Report of the Indian Hemp Drugs Commission, 1894-1895 - Volume V
Year: 1894
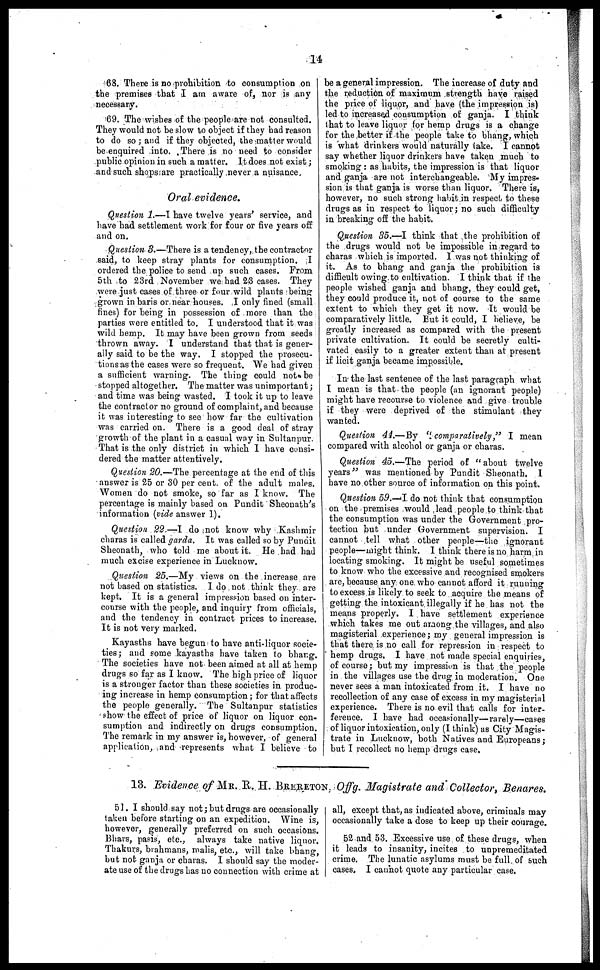
14
68. There is no prohibition to consumption on
the premises that I am aware of, nor is any
necessary.
69. The wishes of the people are not consulted.
They would not be slow to object if they had reason
to do so; and if they objected, the matter would
be enquired into. There is no need to consider
public opinion in such a matter. It does not exist;
and such shopsiare practically never a nuisance.
Oral evidence.
Question 1.—I have twelve years' service, and
have had settlement work for four or five years off
and on.
Question 3.—There is a tendency, the contractor
said, to keep stray plants for consumption. I
ordered the police to send up such cases. From
5th to 23rd November we had 23 cases. They
were just cases of three or four wild plants being
grown in baris or near houses. I only fined (small
fines) for being in possession of more than the
parties were entitled to. I understood that it was
wild hemp. It may have been grown from seeds
thrown away. I understand that that is gener-
ally said to be the way. I stopped the prosecu-
tions as the cases were so frequent. We had given
a sufficient warning. The thing could not be
stopped altogether. The matter was unimportant;
and time was being wasted. I took it up to leave
the contractor no ground of complaint, and because
it was interesting to see how far the cultivation
was carried on. There is a good deal of stray
growth of the plant in a casual way in Sultanpur
That is the only district in which I have consi-
dered the matter attentively.
Question 20.—The percentage at the end of this
answer is 25 or 30 per cent. of the adult males.
Women do not smoke, so far as I know. The
percentage is mainly based on Pundit Sheonath's
information (vide answer 1).
Question 22.—I do not know why Kashmir
charas is called garda. It was called so by Pundit
Sheonath, who told me about it. He had had
much excise experience in Lucknow.
Question 25.—My views on the increase are
not based on statistics. I do not think they are
kept. It is a general impression based on inter-
course with the people, and inquiry from officials,
and the tendency in contract prices to increase.
It is not very marked.
Kayasths have begun to have anti-liquor socie-
ties; and some kayasths have taken to bhang.
The societies have not been aimed at all at hemp
drugs so far as I know. The high price of liquor
is a stronger factor than these societies in produc-
ing increase in hemp consumption; for that affects
the people generally. The Sultanpur statistics
show the effect of price of liquor on liquor con-
sumption and indirectly on drugs consumption.
The remark in my answer is, however, of general
application, and represents what I believe to
be a general impression. The increase of duty and
the reduction of maximum strength have raised
the price of liquor, and have (the impression is)
led to increased consumption of ganja. I think
that to leave liquor for hemp drugs is a change
for the better if the people take to bhang, which
is what drinkers would naturally take. I cannot
say whether liquor drinkers have taken much to
smoking: as habits, the impression is that liquor
and ganja are not interchangeable. My impres-
sion is that ganja is worse than liquor. There is,
however, no such strong habit in respect, to these
drugs as in respect to liquor; no such difficulty
in breaking off the habit.
Question 35.—I think that the prohibition of
the drugs would not be impossible in regard to
charas which is imported. I was not thinking of
it. As to bhang and ganja the prohibition is
difficult owing to cultivation. I think that if the
people wished ganja and bhang, they could get,
they could produce it, not of course to the same
extent to which they get it now. It would be
comparatively little. But it could, I believe, be
greatly increased as compared with the present
private cultivation. It could be secretly culti-
vated easily to a greater extent than at present
if licit ganja became impossible.
In the last sentence of the last paragraph what
I mean is that the people (an ignorant people)
might have recourse to violence and give trouble
if they were deprived of the stimulant they
wanted.
Question 44.—By "comparatively," I mean
compared with alcohol or ganja or charas.
Question 45.—The period of "about twelve
years" was mentioned by Pundit Sheonath. I
have no other source of information on this point.
Question 59.—I do not think that consumption
on the premises would lead people to think that
the consumption was under the Government pro-
tection but under Government supervision. I
cannot tell what other people—the ignorant
people—might think. I think there is no harm in
locating smoking. It might be useful sometimes
to know who the excessive and recognised smokers
are, because any one who cannot afford it running
to excess is likely to seek to acquire the means of
getting the intoxicant illegally if he has not the
means properly. I have settlement experience
which takes me out among the villages, and also
magisterial experience; my general impression is
that there is no call for repression in respect to
hemp drugs. I have not made special enquiries,
of course; but my impression is that the people
in the villages use the drug in moderation. One
never sees a man intoxicated from it. I have no
recollection of any case of excess in my magisterial
experience. There is no evil that calls for inter-
ference. I have had occasionally—rarely—cases
of liquor intoxication, only (I think) as City Magis-
trate in Lucknow, both Natives and Europeans;
but I recollect no hemp drugs case.
13. Evidence of MR. R. H. BRERETON, Offg. Magistrate and Collector, Benares.
51. I should say not; but drugs are occasionally
taken before starting on an expedition. Wine is,
however, generally preferred on such occasions.
Bhars, pasis, etc., always take native liquor.
Thakurs, brahmans, malis, etc., will take bhang,
but not ganja or charas. I should say the moder-
ate use of the drugs has no connection with crime at
all, except that, as indicated above, criminals may
occasionally take a dose to keep up their courage.
52 and 53. Excessive use of these drugs, when
it leads to insanity, incites to unpremeditated
crime. The lunatic asylums must be full of such
cases. I cannot quote any particular case.